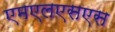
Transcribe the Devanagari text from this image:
एमएलएसएस